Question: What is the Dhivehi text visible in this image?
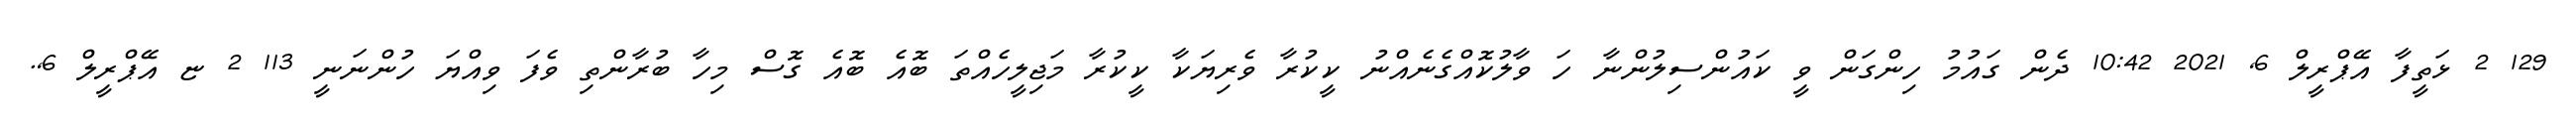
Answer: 129 2 ޅަތީފާ އޭޕްރީލް 6, 2021 10:42 ދެން ގައުމު ހިންގަން ވީ ކައުންސިލުންނާ ހަ ވާލުކޮއްގެނެއްނު ކީކުރާ ވެރިޔަކާ ކީކުރާ މަޖިލީހެއްތަ ބޮއެ ބޮއެ ގޮސް މިހާ ބުރާންތި ވެފަ ވިއްޔަ ހުންނަނީ 113 2 ޏ އޭޕްރީލް 6,.